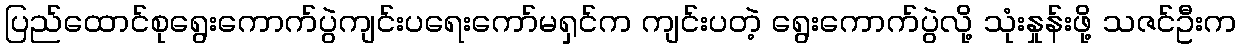
ပြည်ထောင်စုရွေးကောက်ပွဲကျင်းပရေးကော်မရှင်က ကျင်းပတဲ့ ရွေးကောက်ပွဲလို့ သုံးနှုန်းဖို့ သဇင်ဦးက